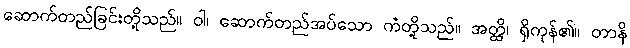
ဆောက်တည်ခြင်းတို့သည်။ ဝါ၊ ဆောက်တည်အပ်သော ကံတို့သည်။ အတ္ထိ၊ ရှိကုန်၏။ တာနိ